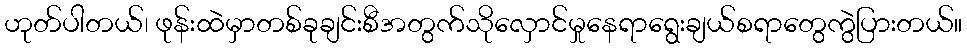
ဟုတ်ပါတယ်၊ ဖုန်းထဲမှာတစ်ခုချင်းစီအတွက်သိုလှောင်မှုနေရာရွေးချယ်စရာတွေကွဲပြားတယ်။